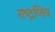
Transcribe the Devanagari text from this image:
राष्ट्रप्तिय